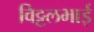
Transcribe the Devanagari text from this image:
विट्टलभाई